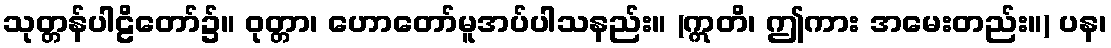
သုတ္တန်ပါဠိတော်၌။ ဝုတ္တာ၊ ဟောတော်မူအပ်ပါသနည်း။ (ဣတိ၊ ဤကား အမေးတည်း။) ပန၊